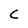
Character: C